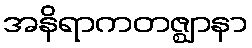
အနိရာကတဇ္ဈာနာ